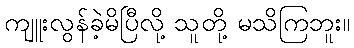
ကျူးလွန်ခဲ့မိပြီလို့ သူတို့ မသိကြဘူး။